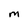
Character: M